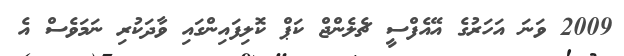
2009 ވަނަ އަހަރުގެ އޭއެފްސީ ޗެލެންޖް ކަޕް ކޮލިފައިންގައި ވާދަކުރި ނަމަވެސް އެ